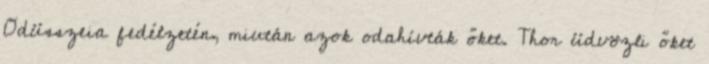
Odüsszeia fedélzetén, miután azok odahívták őket. Thor üdvözli őket